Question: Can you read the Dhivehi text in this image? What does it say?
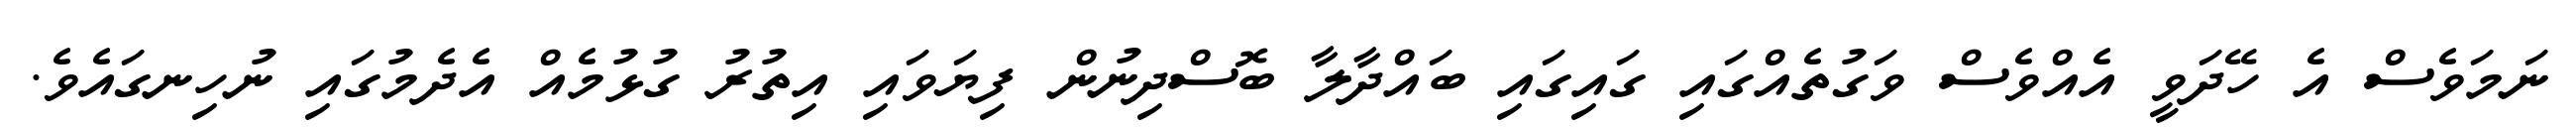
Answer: ނަމަވެސް އެ ހޭދަވީ އެއްވެސް ވަގުތެއްގައި ގައިގައި ބައްދާލާ ބޮސްދިނުން ފިޔަވައި އިތުރު ގުޅުމެއް އެދެމުގައި ނުހިނގައެވެ.